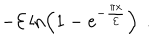
LaTeX: - { \cal E } \, { \mathrm { l n } } \! \left( 1 - { \mathrm e } ^ { - { \frac { \pi x } { \cal E } } } \right) \ .